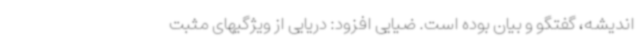
اندیشه، گفتگو و بیان بوده است. ضیایی افزود: دریایی از ویژگیهای مثبت